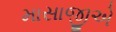
માસાજીએ